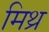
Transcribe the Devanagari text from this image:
मिथ्र